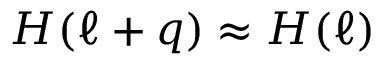
H ( \ell + q ) \approx H ( \ell )